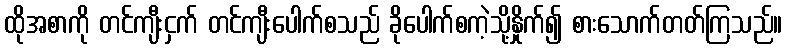
ထိုအစာကို တင်ကျီးငှက် တင်ကျီးပေါက်စသည် ခိုပေါက်စကဲ့သို့နှိုက်၍ စားသောက်တတ်ကြသည်။